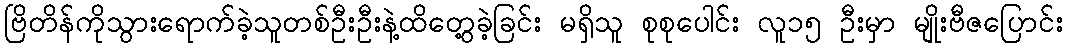
ဗြိတိန်ကိုသွားရောက်ခဲ့သူတစ်ဦးဦးနဲ့ထိတွေ့ခဲ့ခြင်း မရှိသူ စုစုပေါင်း လူ၁၅ ဦးမှာ မျိုးဗီဇပြောင်း